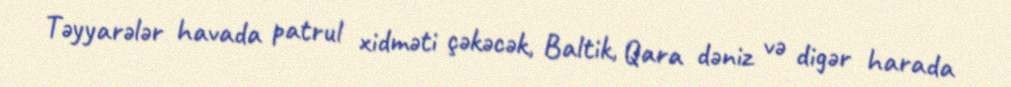
Təyyarələr havada patrul xidməti çəkəcək, Baltik, Qara dəniz və digər harada